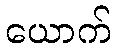
ယောက်